Civil Veterinary Department. United Provinces 1932-42 - 1932-1942
Year: 1932
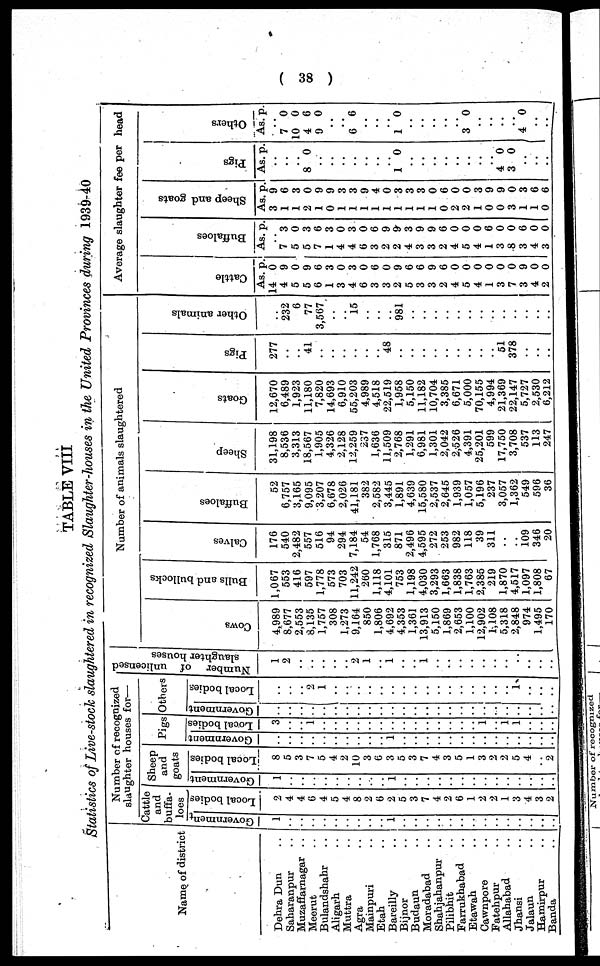
( 38 )
TABLE VIII
Statistics of Live-stock slaughtered in recognized Slaughter-houses in the United Provinces during 1939-40
Name of district
Dehra Dun ..
Saharanpur ..
Muzaffarnagar ..
Meerut ..
Bulandshahr ..
Aligarh ..
Muttra ..
Agra ..
Mainpuri ..
Etah ..
Bareilly ..
Bijnor ..
Budaun ..
Moradabad ..
Shahjahanpur ..
Pilibhit ..
Faitukhabad ..
Etawah ..
Cawnpore ..
Fatehpur ..
Allahabad ..
Jhansi ..
Jalaun ..
Hamirpur ..
Banda ..
Number of recognized
slaughter houses for—
Cattle
and
buffa-
loes
Government
1
..
..
..
..
..
..
..
..
..
1
..
..
..
..
..
..
..
..
..
..
..
..
..
..
Local bodies
2
4
4
6
4
5
4
8
2
6
2
5
3
7
4
2
6
1
2
2
1
3
4
3
2
Sheep
and
goats
Government
1
..
..
..
..
..
..
..
..
..
1
..
..
..
..
..
..
..
..
..
..
..
..
..
..
Local bodies
8
5
3
7
5
4
2
10
3
6
3
5
3
7
4
3
5
1
3
2
2
5
4
..
2
Pigs
Government
..
..
..
..
..
..
..
..
..
..
1
..
..
..
..
..
..
..
..
..
..
..
..
..
..
Local bodies
3
..
..
1
..
..
..
..
..
..
..
..
..
..
..
..
..
..
1
..
1
1
..
..
..
Others
Government
..
..
..
..
..
..
..
..
..
..
..
..
..
..
..
..
..
..
..
..
..
..
..
..
..
Local bodies
..
..
..
2
1
..
..
..
..
..
..
..
..
..
..
..
..
..
..
..
..
1
..
..
..
Number
of unlicensed
slaughter houses
1
2
..
..
..
..
..
2
1
..
1
..
..
1
..
..
..
..
..
..
..
..
..
..
..
Number of animals slaughtered
Cows
4,989
8,677
2,553
8,135
1,757
308
1,273
9,164
850
1,806
4,692
4,353
1,361
13,913
5,150
1,869
2,653
1,100
12,902
1,108
5,318
2,848
974
1,495
170
Bulls and bullocks
1,067
553
416
597
1,778
573
703
11,242
260
1,118
4,101
753
1,198
4,030
3,293
1,663
1,838
1,763
2,385
219
1,870
4,517
1,097
1,808
67
Calves
176
540
2,482
557
516
94
294
7,184
54
1,768
315
871
2,496
4,595
272
253
982
118
39
311
..
..
109
346
20
Buffaloes
52
6,757
3,165
9,095
3,207
6,678
2,026
41,181
382
2,582
3,445
1,891
4,639
15,580
2,537
2,645
1,939
1,057
5,196
237
3,057
1,362
549
596
36
Sheep
31,198
8,536
3,313
18,567
1,905
4,326
2,128
12,259
237
1,636
11,509
2,768
1,291
6,981
1,301
2,042
2,526
4,391
25,201
599
17,750
3,708
537
113
247
Goats
12,670
6,489
1,923
11,180
7,820
14,693
6,910
55,203
4,989
4,518
22,519
1,958
5,150
11,182
10,704
3,385
6,671
5,000
70,155
4,994
21,369
22,147
5,727
2,530
6,212
Pigs
277
..
..
41
..
..
..
..
..
..
48
..
..
..
..
..
..
..
..
..
51
378
..
..
..
Other animals
..
232
6
77
3,567
..
..
15
..
..
..
981
..
..
..
..
..
..
..
..
..
..
..
..
..
Average slaughter fee per head
Cattle
As.
14
4
5
5
6
1
3
4
6
3
3
2
5
3
3
2
4
5
4
1
3
7
3
4
2
p.
0
9
0
9
6
3
0
3
0
6
0
9
6
6
9
6
0
0
0
0
0
0
9
0
0
Buffaloes
As. p.
..
7
5
5
7
1
4
4
6
3
2
2
4
3
3
2
4
5
4
1
3
8
3
4
3
3
0
3
6
3
0
3
0
6
9
9
3
9
9
6
0
0
0
6
0
0
6
0 0
Sheep and goats
As.
3
1
1
2
1
0
1
1
1
1
1
1
1
1
1
0
2
2
1
0
0
3
1
1
0
p.
9
6
3
0
9
9
3
3
9
4
0
3
3
3
0
6
0
0
3
9
9
0
3
6
6
Pigs
As. p.
..
..
..
8 0
..
..
..
..
..
..
..
1 0
..
..
..
..
..
..
..
..
4
3
0
0
..
..
..
Others
As. p.
..
7
10
4
9
0
0
6
0
..
..
6 6
..
..
..
1 0
..
..
..
..
..
3 0
..
..
..
..
4 0
..
..